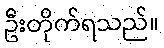
ဦးတိုက်ရသည်။